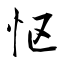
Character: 怄